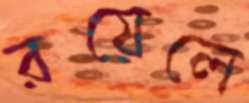
রয়েলে